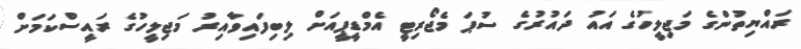
ރައްޔިތުންގެ މަޖިލީހުގެ އައު ދައުރުގެ ސުޕަ މެޖޯރިޓީ އެމްޑީޕީއަށް ލިބިފައިވާއިރު މަޖިލީހުގެ ރައީސްކަމަށް